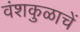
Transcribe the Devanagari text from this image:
वंशकुळाचें